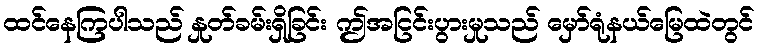
ထင်နေကြပါသည် နှုတ်ခမ်းရှိခြင်း ဤအငြင်းပွားမှုသည် မှော်ရုံနယ်မြေထဲတွင်